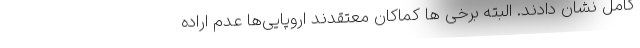
کامل نشان دادند. البته برخی ها کماکان معتقدند اروپایی‌ها عدم اراده